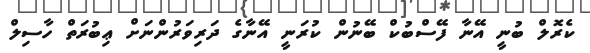
ކެރޮލް ބުނީ އޭނާ ފޭސްބުކް ބޭނުން ކުރަނީ އޭނާގެ ދަރިވަރުންނަށް ޢިބުރަތް ހާސިލް